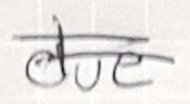
Text: due
Cross-out: mix
Writing tool: ballpoint